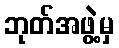
ဘုတ်အဖွဲ့မှ